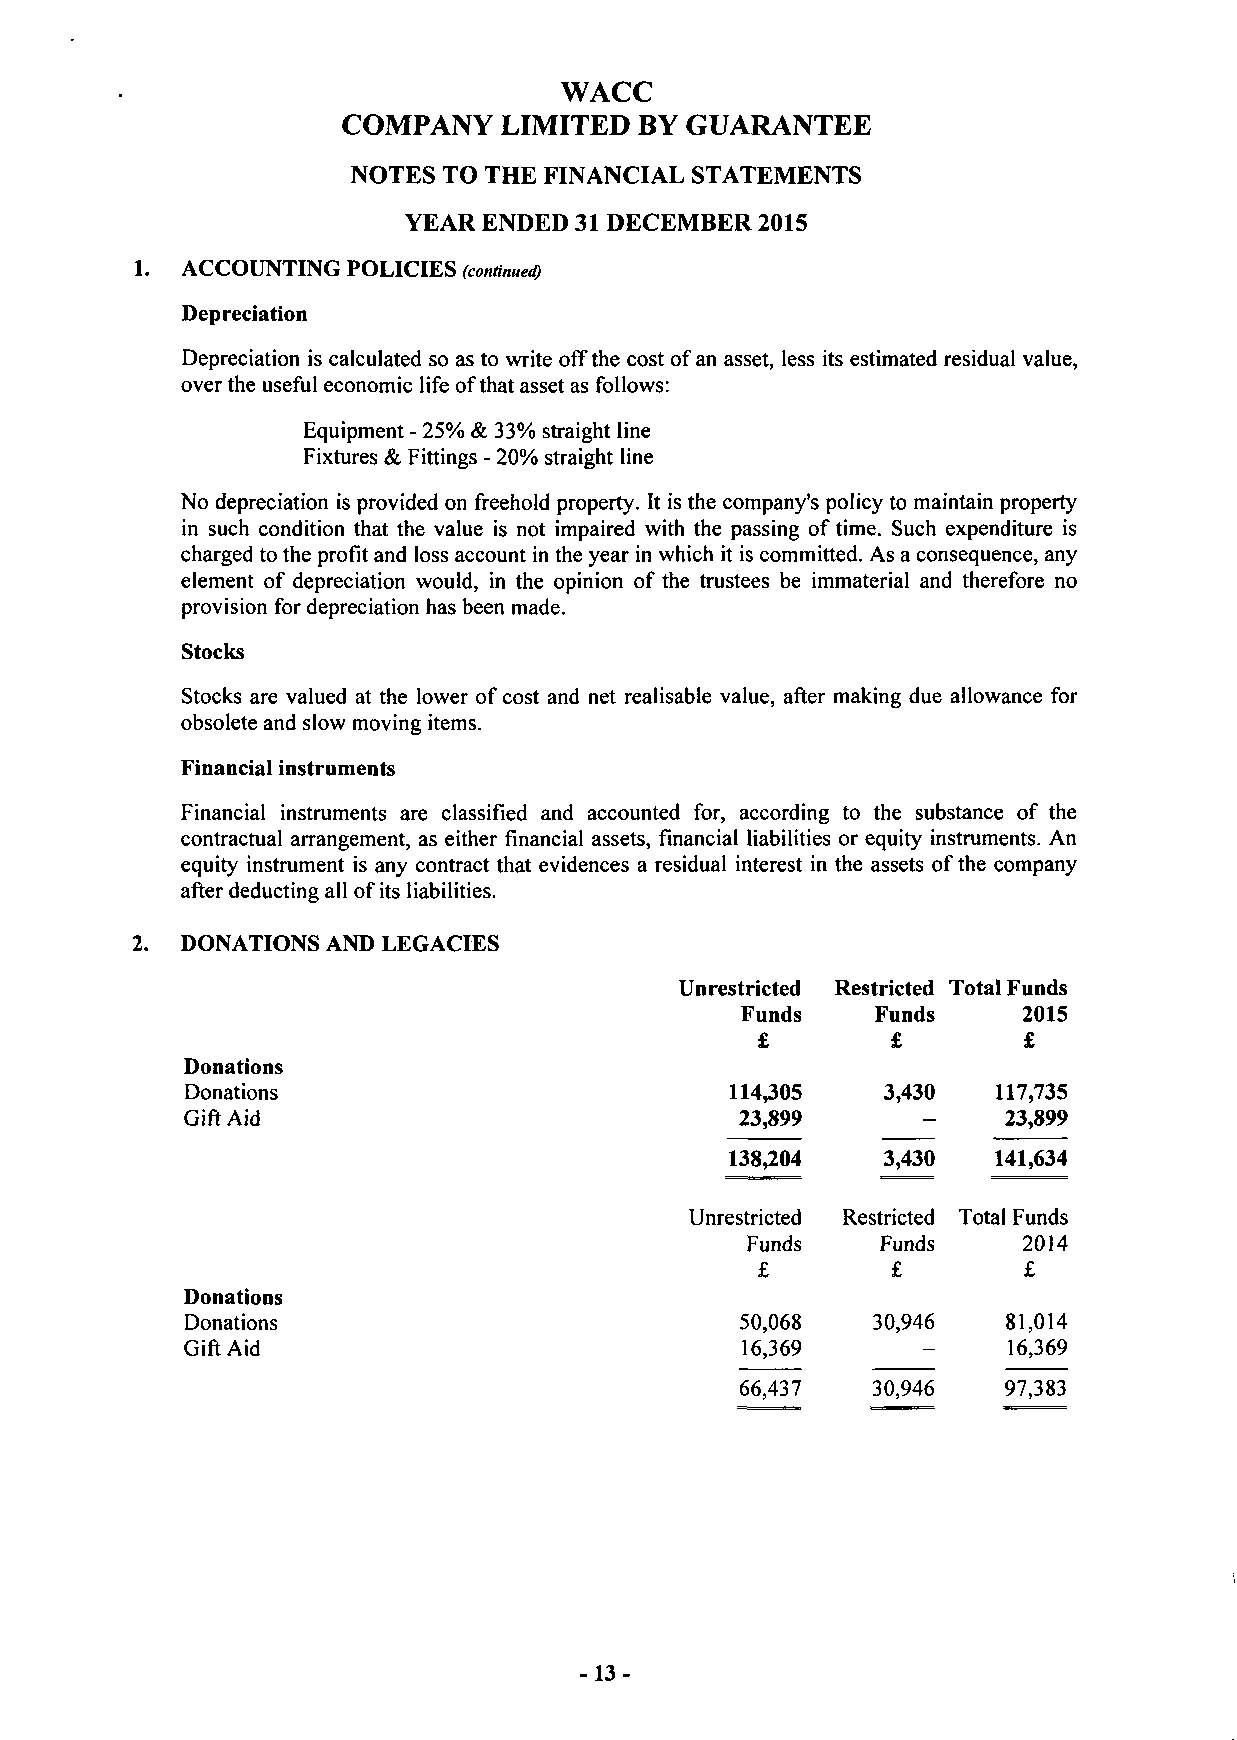
WACC
 COMPANY   LIMITED  BY GUARANTEE
 NOTES TO THE FINANCIAL STATEMENTS
 YEAR ENDED 31 DECEMBER 2015
 1. ACCOUNTING POLICIES (continued)
 Depreciation
 Depreciation is calculated so as to write off the cost of an asset, less its estimated residual value,
 over the useful economic life of that asset as follows:
 Equipment - 25% & 33% straight line
 Fixtures & Fittings - 20% straight line
 No depreciation is provided on freehold property. It is the company's policy to maintain property
 in such condition that the value is not impaired with the passing of time. Such expenditure is
 charged to the profit and loss account in the year in which it is committed. As a consequence, any
 element of depreciation would, in the opinion of the trustees be immaterial and therefore no
 provision for depreciation has been made.
 Stocks
 Stocks are valued at the lower of cost and net realisable value, after making due allowance for
 obsolete and slow moving items.
 Financial instruments
 Financial instruments are classified and accounted for, according to the substance of the
 contractual arrangement, as either financial assets, financial liabilities or equity instruments. An
 equity instrument is any contract that evidences a residual interest in the assets of the company
 after deducting all of its liabilities.
 2. DONATIONS AND LEGACIES
 Unrestricted Restricted Total Funds
 Funds    Funds     2015
 £        £        £
 Donations
 Donations                           114,305    3,430  117,735
 Gift Aid                             23,899      -     23,899
 138,204    3,430  141,634
 Unrestricted Restricted Total Funds
 Funds    Funds     2014
 £        £        £
 Donations
 Donations                            50,068   30,946   81,014
 Gift Aid                             16,369      -     16,369
 66,437   30,946   97,383
 -13-